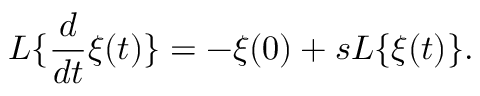
L \{ \frac { d } { d t } \xi ( t ) \} = - \xi ( 0 ) + s L \{ \xi ( t ) \} .